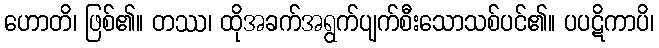
ဟောတိ၊ ဖြစ်၏။ တဿ၊ ထိုအခက်အရွက်ပျက်စီးသောသစ်ပင်၏။ ပပဋိကာပိ၊